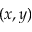
( x , y )